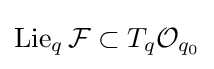
\mathrm {Lie} _{q}\,{\mathcal {F}}\subset T_{q}{\mathcal {O}}_{q_{0}}